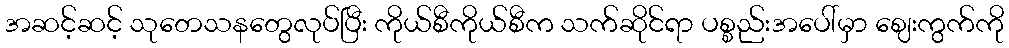
အဆင့်ဆင့် သုတေသနတွေလုပ်ပြီး ကိုယ်စီကိုယ်စီက သက်ဆိုင်ရာ ပစ္စည်းအပေါ်မှာ ဈေးကွက်ကို